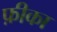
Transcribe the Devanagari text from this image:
फ़ीका